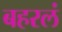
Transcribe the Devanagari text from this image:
बहरलं